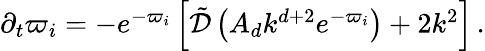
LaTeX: \begin{array}{r}{\partial_{t}\varpi_{i}=-e^{-\varpi_{i}}\left[\tilde{\mathcal{D}}\left(A_{d}k^{d+2}e^{-\varpi_{i}}\right)+2k^{2}\right]\, .}\end{array}